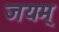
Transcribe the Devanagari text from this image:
जयम्